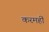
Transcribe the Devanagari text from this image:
करमहीं